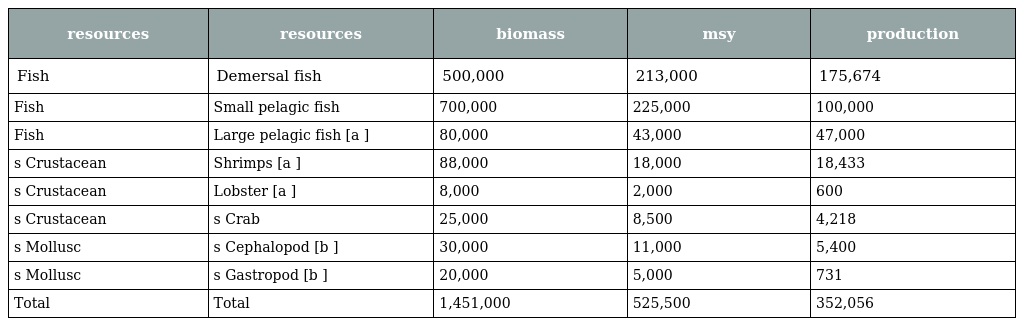
| resources | resources | biomass | msy | production |
 | --- | --- | --- | --- | --- |
 | Fish | Demersal fish | 500,000 | 213,000 | 175,674 |
 | Fish | Small pelagic fish | 700,000 | 225,000 | 100,000 |
 | Fish | Large pelagic fish [a ] | 80,000 | 43,000 | 47,000 |
 | s Crustacean | Shrimps [a ] | 88,000 | 18,000 | 18,433 |
 | s Crustacean | Lobster [a ] | 8,000 | 2,000 | 600 |
 | s Crustacean | s Crab | 25,000 | 8,500 | 4,218 |
 | s Mollusc | s Cephalopod [b ] | 30,000 | 11,000 | 5,400 |
 | s Mollusc | s Gastropod [b ] | 20,000 | 5,000 | 731 |
 | Total | Total | 1,451,000 | 525,500 | 352,056 |